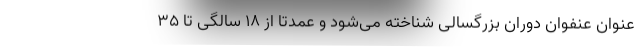
عنوان عنفوان دوران بزرگسالی شناخته می‌شود و عمدتا از ۱۸ سالگی تا ۳۵